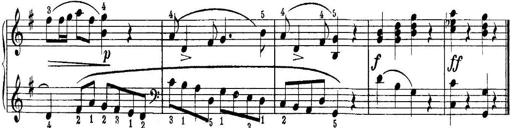
Title: Quatres sonatines
Composer: Tadeusz Joteyko